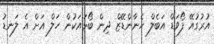
އުރުގުއޭ ފޯވަޑް އަބެލް ހެނާންޑޭޒް ދިން ބޯޅައަކުން ހަލް އަށް އެ ލަނޑު